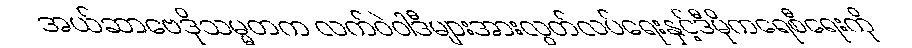
အယ်ဆာဗေဒိုသမ္မတက လက်ဝဲဝါဒီများအားလွတ်လပ်ရေးနှင့်ဒီမိုကရေစီရေးကို